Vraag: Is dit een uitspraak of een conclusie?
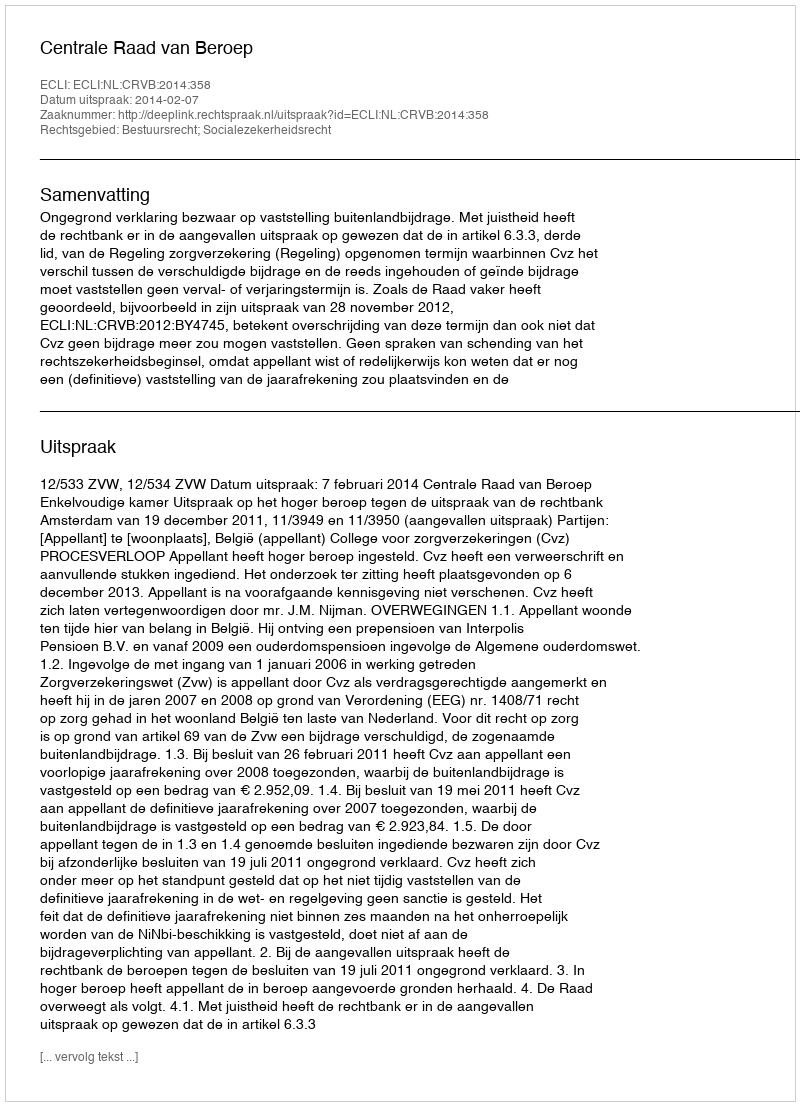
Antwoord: Uitspraak